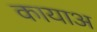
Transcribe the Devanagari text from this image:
कायाअ